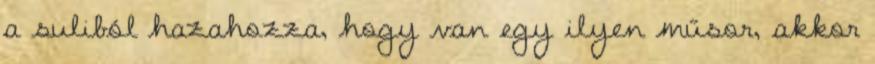
a suliból hazahozza, hogy van egy ilyen műsor, akkor